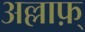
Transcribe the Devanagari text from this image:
अल्लाफ़्‌